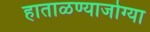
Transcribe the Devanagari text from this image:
हाताळण्याजोग्या